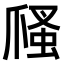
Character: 𤔢